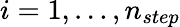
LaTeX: i=1,\ldots,n_{step}